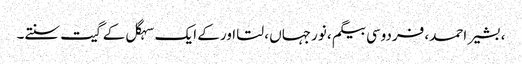
، بشیر احمد، فردوسی بیگم ، نورجہاں ، لتا اور کے ایک سہگل کے گیت سنتے۔